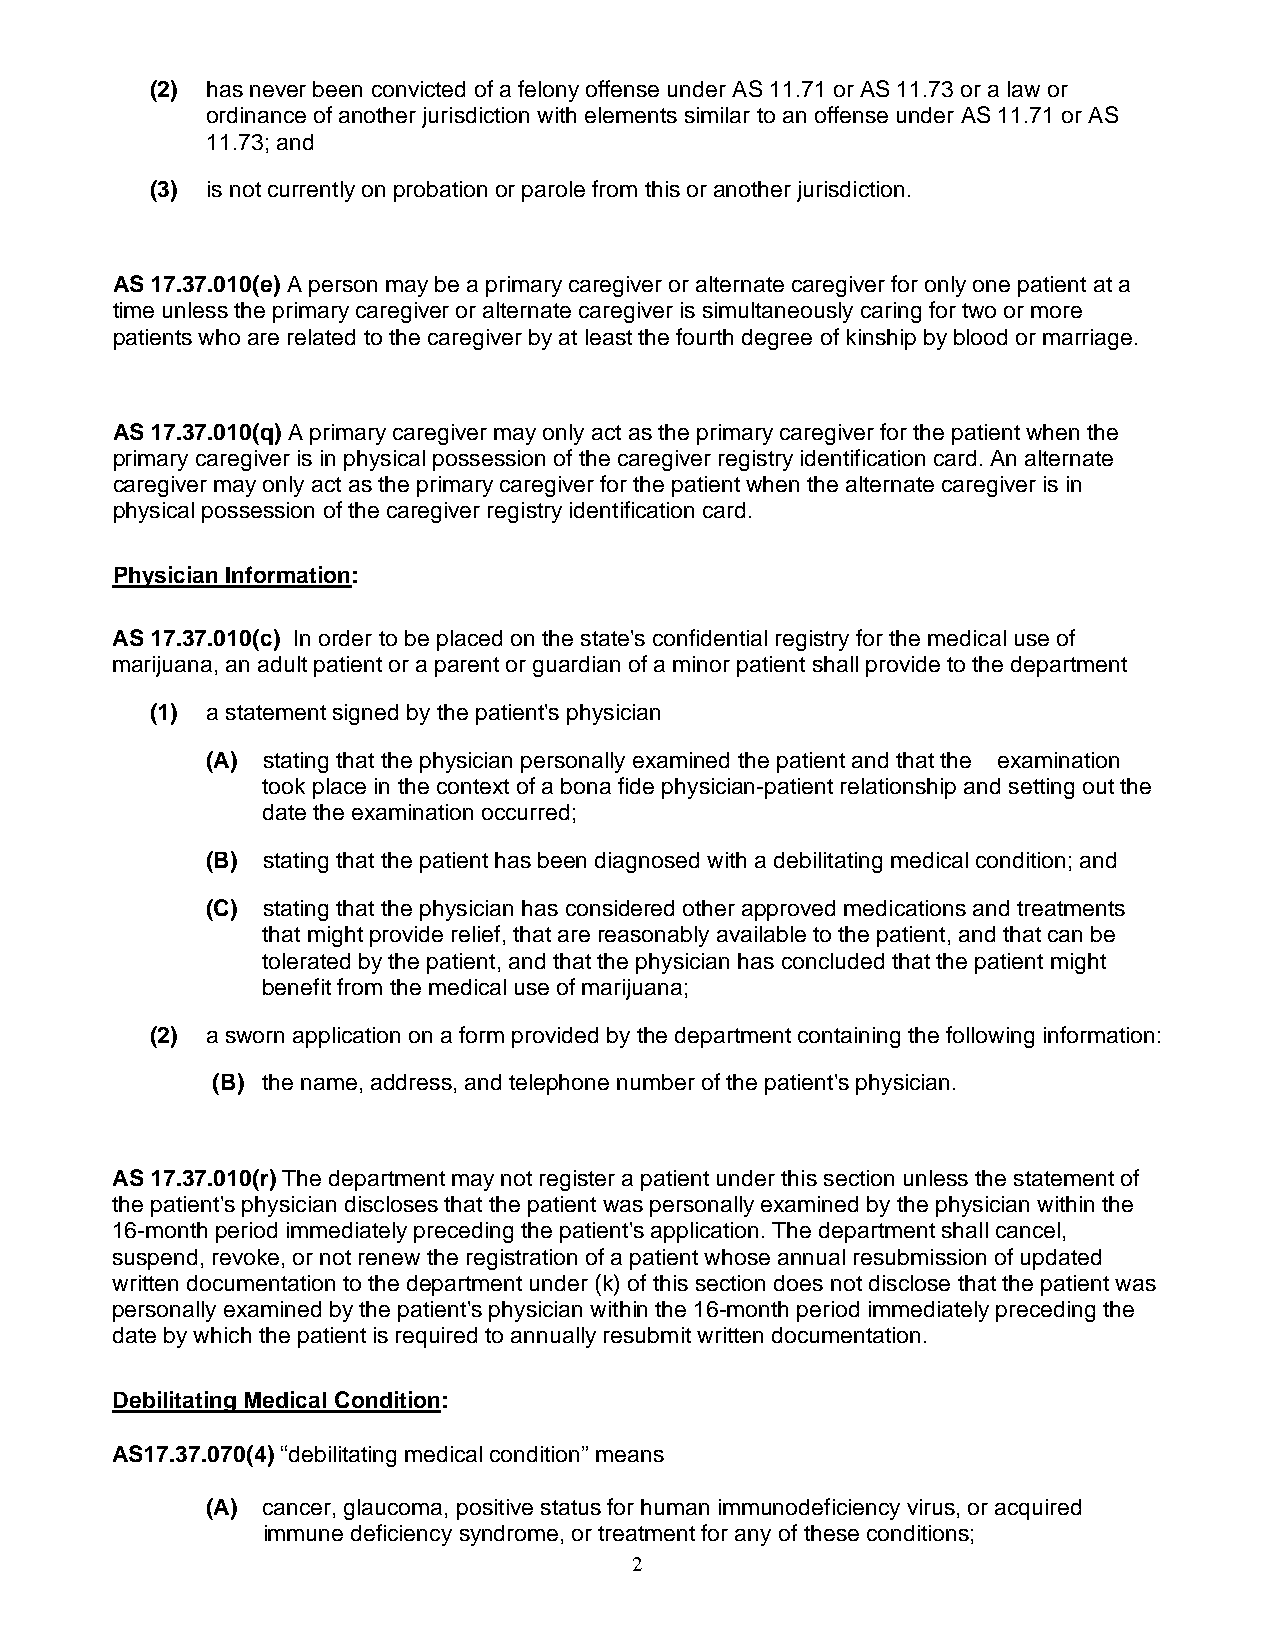
(2) has never been convicted of a felony offense under AS 11.71 or AS 11.73 or a law or
 ordinance of another jurisdiction with elements similar to an offense under AS 11.71 or AS
 11.73; and
 (3) is not currently on probation or parole from this or another jurisdiction.
 AS 17.37.010(e) A person may be a primary caregiver or alternate caregiver for only one patient at a
 time unless the primary caregiver or alternate caregiver is simultaneously caring for two or more
 patients who are related to the caregiver by at least the fourth degree of kinship by blood or marriage.
 AS 17.37.010(q) A primary caregiver may only act as the primary caregiver for the patient when the
 primary caregiver is in physical possession of the caregiver registry identification card. An alternate
 caregiver may only act as the primary caregiver for the patient when the alternate caregiver is in
 physical possession of the caregiver registry identification card.
 Physician Information:
 AS 17.37.010(c) In order to be placed on the state's confidential registry for the medical use of
 marijuana, an adult patient or a parent or guardian of a minor patient shall provide to the department
 (1) a statement signed by the patient's physician
 (A) stating that the physician personally examined the patient and that the examination
 took place in the context of a bona fide physician-patient relationship and setting out the
 date the examination occurred;
 (B) stating that the patient has been diagnosed with a debilitating medical condition; and
 (C) stating that the physician has considered other approved medications and treatments
 that might provide relief, that are reasonably available to the patient, and that can be
 tolerated by the patient, and that the physician has concluded that the patient might
 benefit from the medical use of marijuana;
 (2) a sworn application on a form provided by the department containing the following information:
 (B) the name, address, and telephone number of the patient's physician.
 AS 17.37.010(r) The department may not register a patient under this section unless the statement of
 the patient's physician discloses that the patient was personally examined by the physician within the
 16-month period immediately preceding the patient's application. The department shall cancel,
 suspend, revoke, or not renew the registration of a patient whose annual resubmission of updated
 written documentation to the department under (k) of this section does not disclose that the patient was
 personally examined by the patient's physician within the 16-month period immediately preceding the
 date by which the patient is required to annually resubmit written documentation.
 Debilitating Medical Condition:
 AS17.37.070(4) “debilitating medical condition” means
 (A) cancer, glaucoma, positive status for human immunodeficiency virus, or acquired
 immune deficiency syndrome, or treatment for any of these conditions;
 2